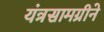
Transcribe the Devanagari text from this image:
यंत्रसामग्रीने